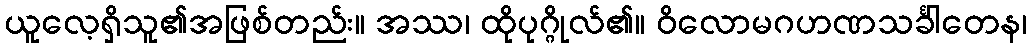
ယူလေ့ရှိသူ၏အဖြစ်တည်း။ အဿ၊ ထိုပုဂ္ဂိုလ်၏။ ဝိလောမဂဟဏသင်္ခါတေန၊